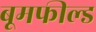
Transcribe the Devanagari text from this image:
बूमफील्ड